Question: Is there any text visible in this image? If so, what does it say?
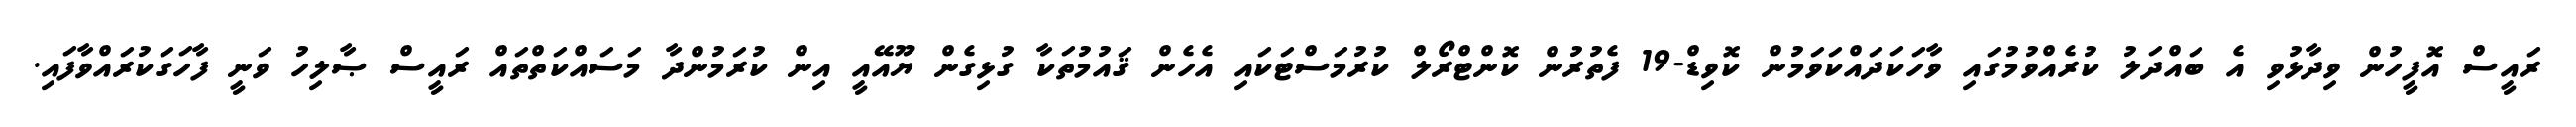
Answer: ރައީސް އޮފީހުން ވިދާޅުވި އެ ބައްދަލު ކުރެއްވުމުގައި ވާހަކަދައްކަވަމުން ކޮވިޑް-19 ފެތުރުން ކޮންޓްރޯލް ކުރުމަސްޓަކައި އެހެން ޤައުމުތަކާ ގުޅިގެން ޔޫއޭއީ އިން ކުރަމުންދާ މަސައްކަތްތައް ރައީސް ޞާލިހު ވަނީ ފާހަގަކުރައްވާފައި.